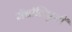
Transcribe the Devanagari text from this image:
मॅग्नोलिएसी